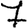
Digit: 7